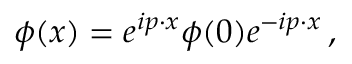
\phi ( x ) = e ^ { i p \cdot x } \phi ( 0 ) e ^ { - i p \cdot x } \, ,